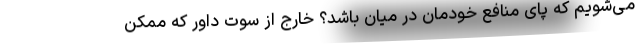
می‌شویم که پای منافع خودمان در میان باشد؟ خارج از سوت داور که ممکن